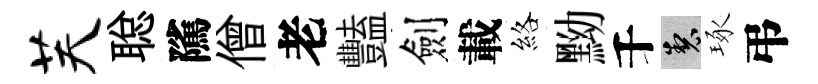
芙聪隲僧老豔劍載絡黝千製琢弔